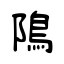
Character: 隝